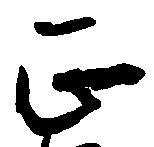
正